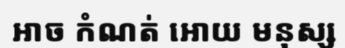
អាច កំណត់ អោយ មនុស្ស